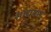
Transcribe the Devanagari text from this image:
सायपन